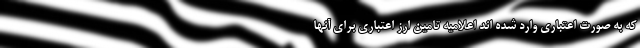
که به صورت اعتباری وارد شده اند اعلامیه تامین ارز اعتباری برای آنها